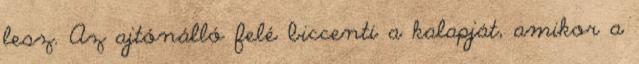
lesz. Az ajtónálló felé biccenti a kalapját, amikor a